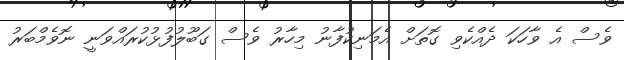
ވެސް އެ ވާހަކަ ދެއްކެވި ގޮތަށް އެމަނިކުފާނު މިހާރު ވެސް ގަބޫލުފުޅުކުރައްވަނީ ނޮވެމްބަރު